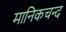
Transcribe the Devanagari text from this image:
मानिकचन्द